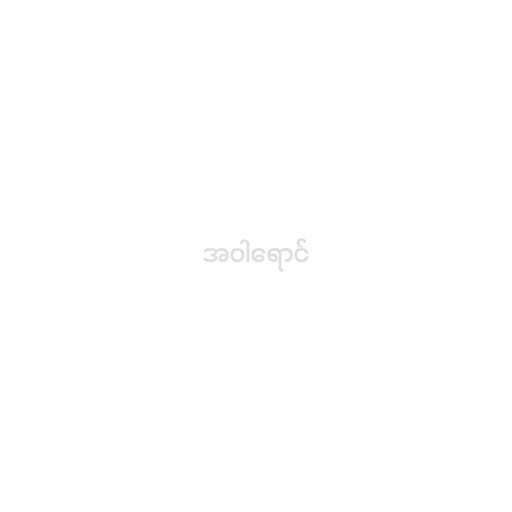
အဝါရောင်